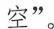
空”。